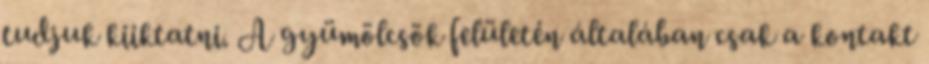
tudjuk kiiktatni. A gyümölcsök felületén általában csak a kontakt